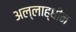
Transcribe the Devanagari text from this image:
अल्लाह्धीन